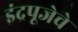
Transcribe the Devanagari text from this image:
इंद्रपूजेचे